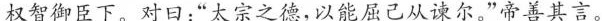
权智御臣下。对日：”太宗之德，以能屈己从谏尔”帝其言。